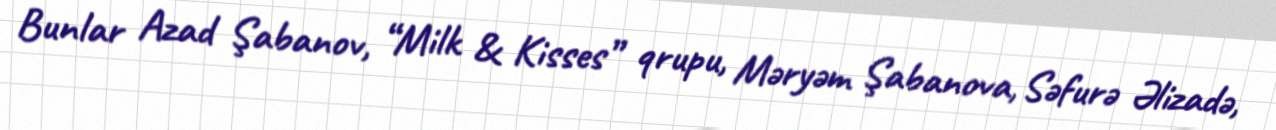
Bunlar Azad Şabanov, “Milk & Kisses” qrupu, Məryəm Şabanova, Səfurə Əlizadə,